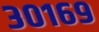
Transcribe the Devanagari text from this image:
३०१६९